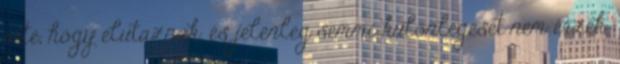
érte, hogy elutaznak, és jelenleg semmi különlegeset nem érzek.